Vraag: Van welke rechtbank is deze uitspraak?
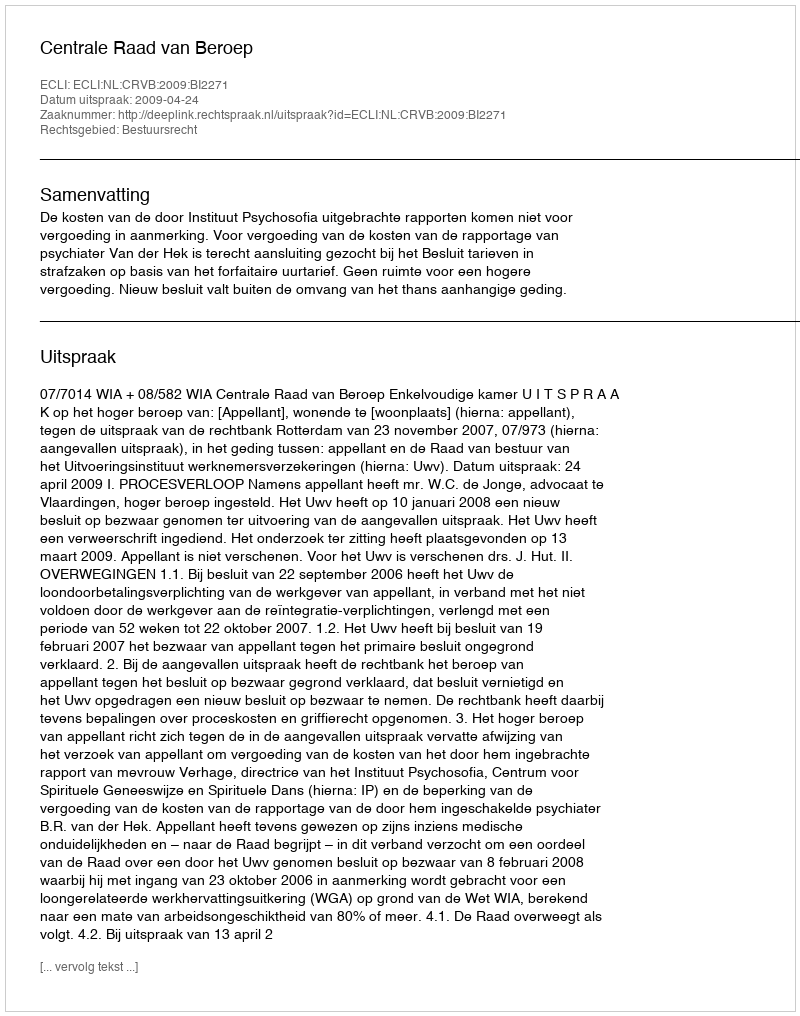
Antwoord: Centrale Raad van Beroep